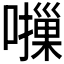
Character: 𫬈